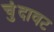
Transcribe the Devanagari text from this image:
चुंदावट